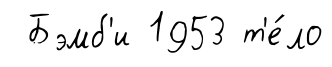
Бэмб'и 1953 т'е́ло